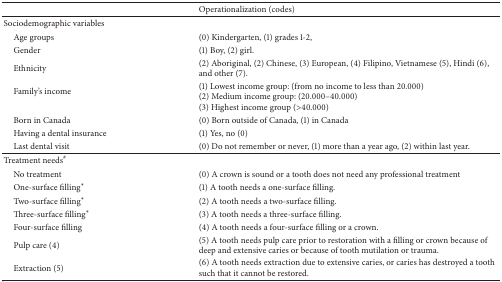
<table><thead><tr><td><b> </b></td><td><b>Operationalization (codes) </b></td></tr></thead><tbody><tr><td>Sociodemographic variables</td><td> </td></tr><tr><td> Age groups</td><td>(0) Kindergarten, (1) grades 1-2,</td></tr><tr><td> Gender</td><td>(1) Boy, (2) girl.</td></tr><tr><td> Ethnicity</td><td>(2) Aboriginal, (2) Chinese, (3) European, (4) Filipino, Vietnamese (5), Hindi (6), and other (7). </td></tr><tr><td> Family&#x27;s income </td><td>(1) Lowest income group: (from no income to less than 20.000) (2) Medium income group: (20.000–40.000) (3) Highest income group (&gt;40.000) </td></tr><tr><td> Born in Canada </td><td>(0) Born outside of Canada, (1) in Canada</td></tr><tr><td> Having a dental insurance</td><td>(1) Yes, no (0)</td></tr><tr><td> Last dental visit</td><td>(0) Do not remember or never, (1) more than a year ago, (2) within last year.</td></tr><tr><td>Treatment needs<sup>#</sup></td><td> </td></tr><tr><td> No treatment</td><td>(0) A crown is sound or a tooth does not need any professional treatment</td></tr><tr><td> One-surface filling*</td><td>(1) A tooth needs a one-surface filling. </td></tr><tr><td> Two-surface filling*</td><td>(2) A tooth needs a two-surface filling.</td></tr><tr><td> Three-surface filling*</td><td>(3) A tooth needs a three-surface filling.</td></tr><tr><td> Four-surface filling</td><td>(4) A tooth needs a four-surface filling or a crown.</td></tr><tr><td> Pulp care (4)</td><td>(5) A tooth needs pulp care prior to restoration with a filling or crown because of deep and extensive caries or because of tooth mutilation or trauma. </td></tr><tr><td> Extraction (5)</td><td>(6) A tooth needs extraction due to extensive caries, or caries has destroyed a tooth such that it cannot be restored. </td></tr></tbody></table>